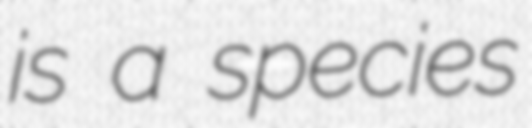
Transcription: is a species